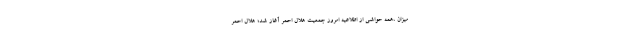
میزان ،همه حواشی از اطلاعیه امروز جمعیت هلال احمر آغاز شد؛ هلال احمر